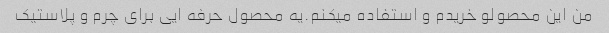
من این محصولو خریدم و استفاده میکنم.یه محصول حرفه ایی برای چرم و پلاستیک